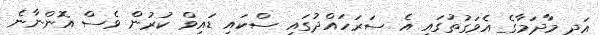
އަދި މާދަމާގެ އެވަގުތުގައި އެ ސަރަހައްދުގައި ސްކައި ޑައިވް ކުރުން ވެސް އޮންނާނެ